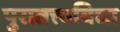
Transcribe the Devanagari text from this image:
पुरातत्त्वविद्या